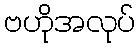
ဗဟိုအလုပ်